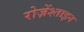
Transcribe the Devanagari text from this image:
रोज़ेंश्ताइन